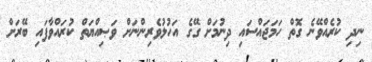
ނިދި ކުރެއްވޭނެ ގޮތް ހަމަޖައްސައި ދިނުމަށް ގޭގެ އަހުލުވެރިންނަށް ވަޞިއްޔަތް ކުރައްވާފައި ބޭރަށް